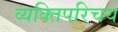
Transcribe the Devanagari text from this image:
व्यक्तिपरिचय